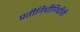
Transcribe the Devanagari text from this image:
प्रतीनिधीनिधींची